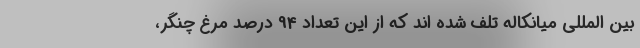
بین المللی میانکاله تلف شده اند که از این تعداد 94 درصد مرغ چنگر،